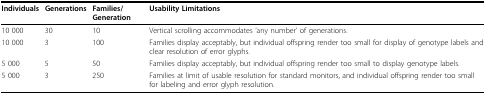
<table><thead><tr><td><b>Individuals</b></td><td><b>Generations</b></td><td><b>Families/Generation</b></td><td><b>Usability Limitations</b></td></tr></thead><tbody><tr><td>10 000</td><td>30</td><td>10</td><td>Vertical scrolling accommodates &#x27;any number&#x27; of generations.</td></tr><tr><td>10 000</td><td>3</td><td>100</td><td>Families display acceptably, but individual offspring render too small for display of genotype labels and clear resolution of error glyphs.</td></tr><tr><td>5 000</td><td>5</td><td>50</td><td>Families display acceptably, but individual offspring render too small to display genotype labels.</td></tr><tr><td>5 000</td><td>3</td><td>250</td><td>Families at limit of usable resolution for standard monitors, and individual offspring render too small for labeling and error glyph resolution.</td></tr></tbody></table>